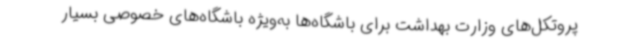
پروتکل‌های وزارت بهداشت برای باشگاه‌ها به‌ویژه باشگاه‌های خصوصی بسیار